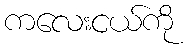
ကလေးငယ်ကို